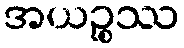
အယဉ္စဿ